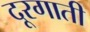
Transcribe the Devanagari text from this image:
दूरगाती